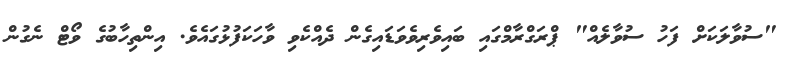
"ސުވާލަކަށް ފަހު ސުވާލެއް" ޕްރަގްރާމްގައި ބައިވެރިވެވަޑައިގެން ދެއްކެވި ވާހަަކަފުޅުގައެވެ. އިންތިހާބުގެ ވޯޓް ނެގުން